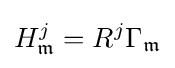
H_{\mathfrak {m}}^{j}=R^{j}\Gamma _{\mathfrak {m}}